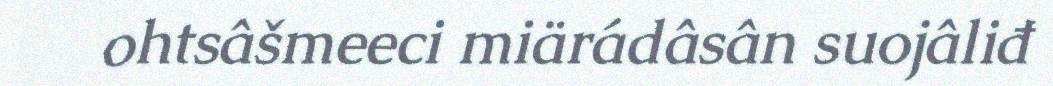
ohtsâšmeeci miärádâsân suojâliđ